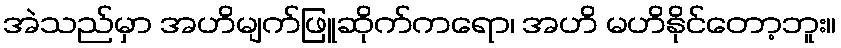
အဲသည်မှာ အဟိမျက်ဖြူဆိုက်ကရော၊ အဟိ မဟိနိုင်တော့ဘူး။